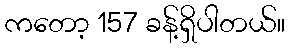
ကတော့ 157 ခန့်ရှိပါတယ်။